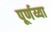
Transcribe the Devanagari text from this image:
पूर्णय्या